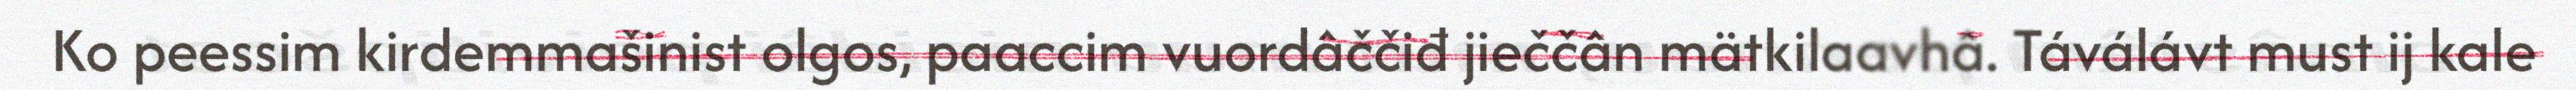
Ko peessim kirdemmašinist olgos, paaccim vuordâččiđ jieččân mätkilaavhâ. Táválávt must ij kale